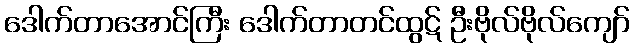
ဒေါက်တာအောင်ကြီး ဒေါက်တာတင်ထွဋ် ဦးဗိုလ်ဗိုလ်ကျော်